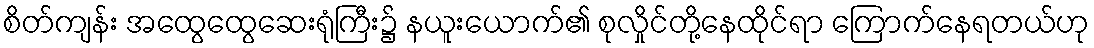
စိတ်ကျန်း အထွေထွေဆေးရုံကြီး၌ နယူးယောက်၏ စုလှိုင်တို့နေထိုင်ရာ ကြောက်နေရတယ်ဟု